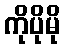
ကိုပိုမို